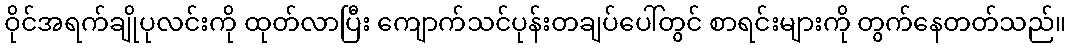
ဝိုင်အရက်ချိုပုလင်းကို ထုတ်လာပြီး ကျောက်သင်ပုန်းတချပ်ပေါ်တွင် စာရင်းများကို တွက်နေတတ်သည်။